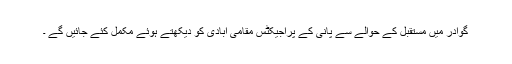
گوادر میں مستقبل کے حوالے سے پانی کے پراجیکٹس مقامی آبادی کو دیکھتے ہوئے مکمل کئے جائیں گے ۔